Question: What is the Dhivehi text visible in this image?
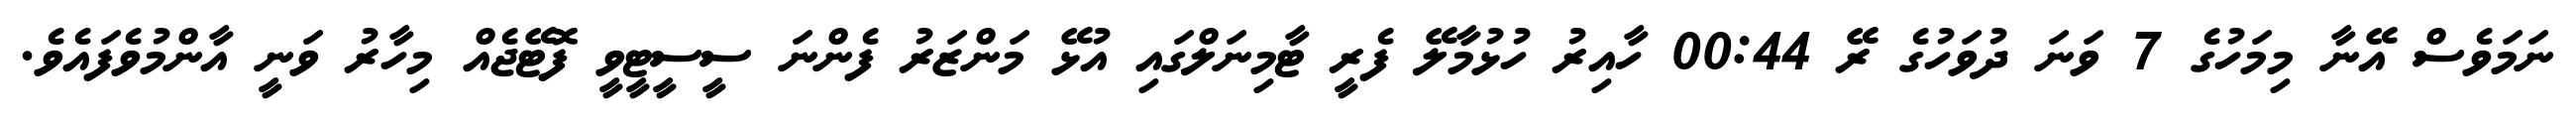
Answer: ނަމަވެސް އޭނާ މިމަހުގެ 7 ވަނަ ދުވަހުގެ ރޭ 00:44 ހާއިރު ހުޅުމާލޭ ފެރީ ޓާމިނަލްގައި އުޅޭ މަންޒަރު ފެންނަ ސީސީޓީވީ ފޮޓޭޖެއް މިހާރު ވަނީ އާންމުވެފައެވެ.